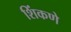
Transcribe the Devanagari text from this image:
शिंकणे